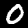
Label: 0